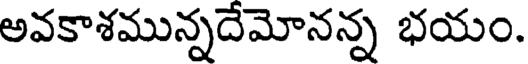
అవకాశమున్నదేమోనన్న భయం.